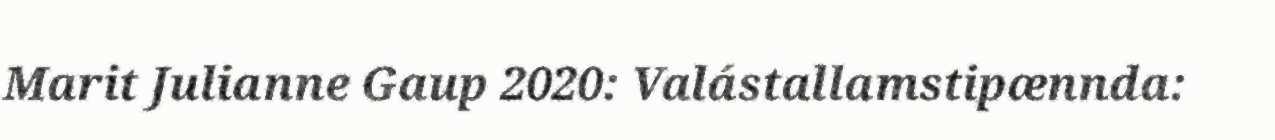
Marit Julianne Gaup 2020: Valástallamstipænnda: